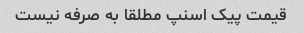
قیمت پیک اسنپ مطلقا به صرفه نیست